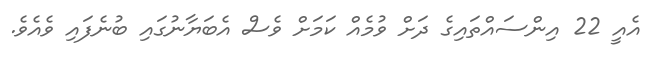
އެއީ 22 އިންސައްތައިގެ ދަށް ވުމެއް ކަމަށް ވެސް އެބަޔާނުގައި ބުނެފައި ވެއެވެ.